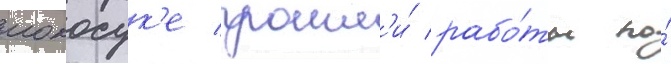
иокосук'е прошл'и́ рабо́ты по́